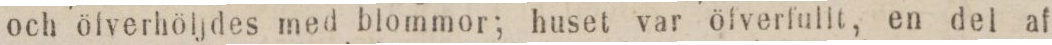
och öfverhöljdes med blommor; huset var öfverfullt, en del af